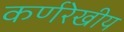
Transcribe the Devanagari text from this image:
कर्णरेखीय